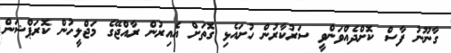
ގާނޫނު ފާސް ކޮށްދެއްވަންވީ ސަރުކާރުން ހުށައެޅި ގޮތަށް އެއިރުން ރާއްޖޭގެ މަޖްލީހުން ކޮރަޕްޝަން